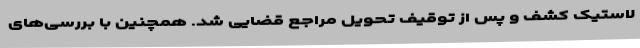
لاستیک کشف و پس از توقیف تحویل مراجع قضایی شد. همچنین با بررسی‌های